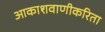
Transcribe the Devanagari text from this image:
आकाशवाणीकरिता